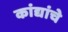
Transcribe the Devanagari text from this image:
कांद्यांचे